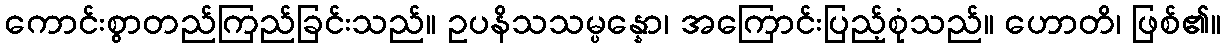
ကောင်းစွာတည်ကြည်ခြင်းသည်။ ဥပနိသသမ္ပန္နော၊ အကြောင်းပြည့်စုံသည်။ ဟောတိ၊ ဖြစ်၏။